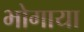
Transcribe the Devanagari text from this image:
भोगाया